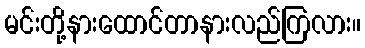
မင်းတို့နားထောင်တာနားလည်ကြလား။